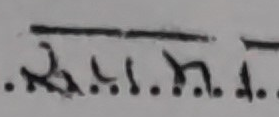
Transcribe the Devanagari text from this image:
स.स.म.स.